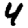
Digit: 4